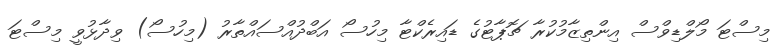
މިސްޓަ މޯލްޑިވްސް އިންތިޒާމުކުރާ ޗޮޕާޓުގެ ޑައިރެކްޓާ މިހުސޯ އަބްދުއްސައްތާރު (މިހުސޯ) ވިދާޅުވީ މިސްޓަ